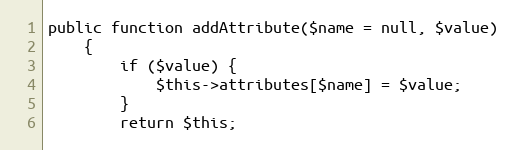
Language: PHP
public function addAttribute($name = null, $value)
    {
        if ($value) {
            $this->attributes[$name] = $value;
        }
        return $this;